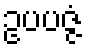
ဥပပဇ္ဇံ